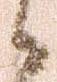
々